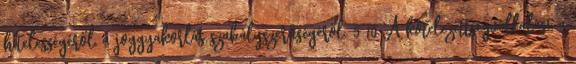
hitelességéről, a joggyakorlás szabályszerűségéről. 5 10 A kötelezettségvállalási, a